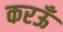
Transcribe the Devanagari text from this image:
करऊँ